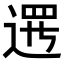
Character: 𨔍